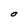
Character: O